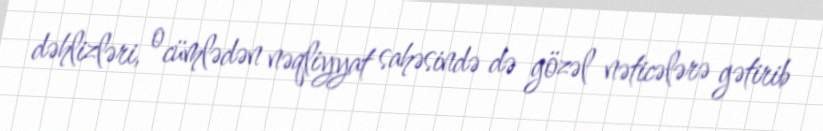
dəhlizləri, o cümlədən nəqliyyat sahəsində də gözəl nəticələrə gətirib